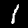
Digit: 1